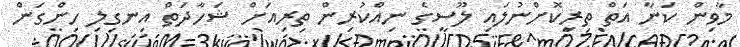
މާވިން ކަނާ އަތް ތިރިކޮށްނުލައި ލޫސީގެ ނިއްކުރިން ތިރިއަށް ޝަހާދަތް އިނގިލި ހިންގަން